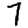
Digit: 7